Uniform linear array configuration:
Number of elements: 16
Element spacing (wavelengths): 0.25
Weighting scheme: blackman
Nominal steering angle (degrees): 30
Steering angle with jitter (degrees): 30.695
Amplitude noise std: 0.05
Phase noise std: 0.05

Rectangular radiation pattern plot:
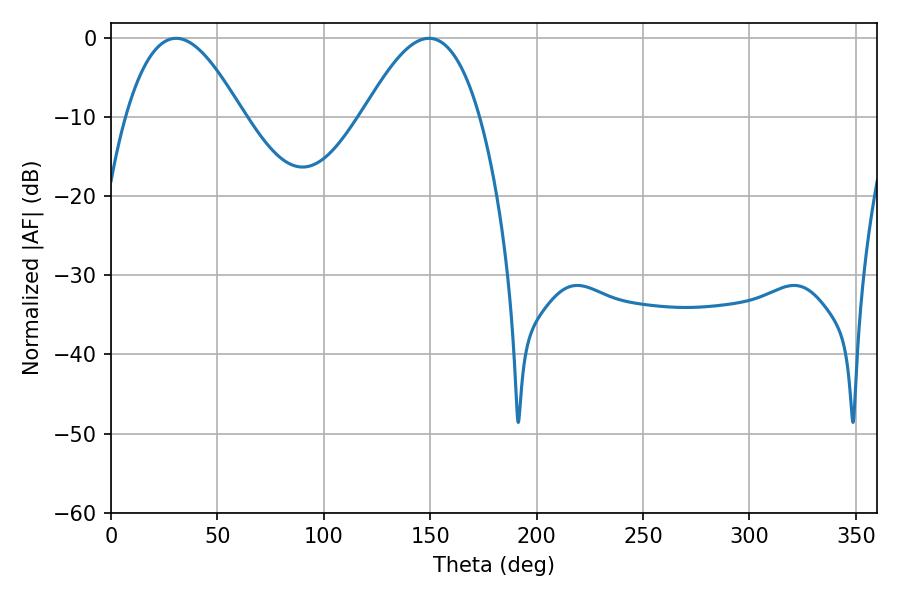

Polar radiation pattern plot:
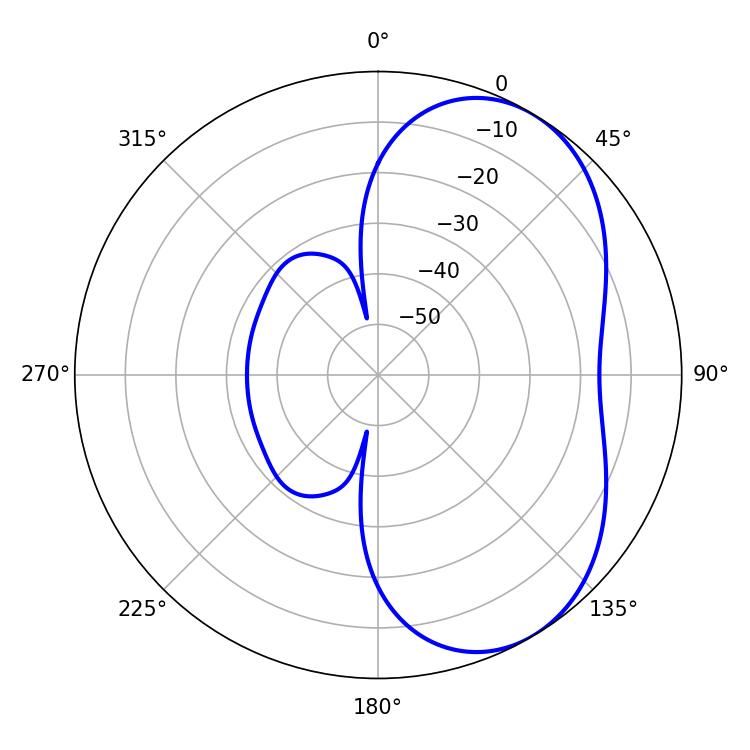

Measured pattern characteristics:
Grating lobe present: FALSE
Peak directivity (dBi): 5.066
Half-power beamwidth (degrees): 29.88
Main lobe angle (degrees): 30.6